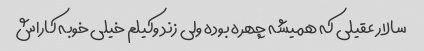
سالار عقیلی که همیشه چهره بوده ولی زند وکیلم خیلی خوبه کاراش